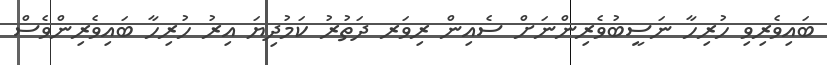
ބައިވެރިވި ހުރިހާ ނަސީބުވެރިންނަށް ސެއިން ރިވަރ ދަތުރު ކަމުދިޔަ އިރު ހުރިހާ ބައިވެރިންވެސް